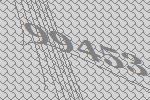
99453